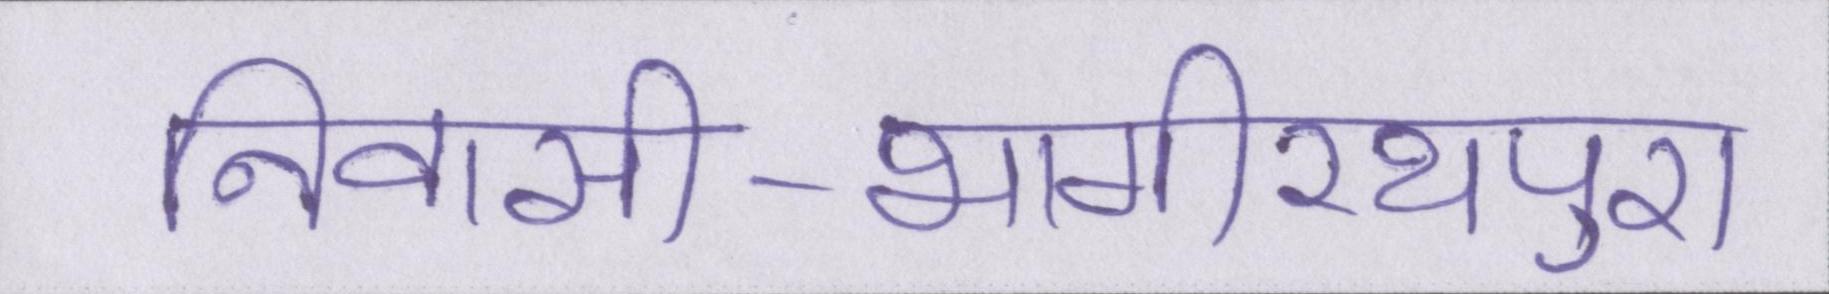
निवासी-भागीरथपुरा